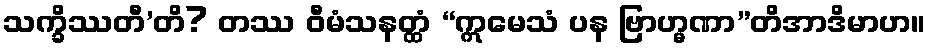
သက္ခိဿတီ’တိ? တဿ ဝီမံသနတ္ထံ “ဣမေသံ ပန ဗြာဟ္မဏာ”တိအာဒိမာဟ။